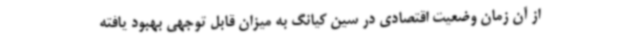
از آن زمان وضعیت اقتصادی در سین کیانگ به میزان قابل توجهی بهبود یافته